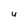
Character: U